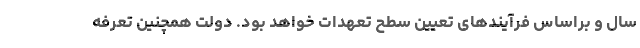
سال و براساس فرآیندهای تعیین سطح تعهدات خواهد بود. دولت همچنین تعرفه